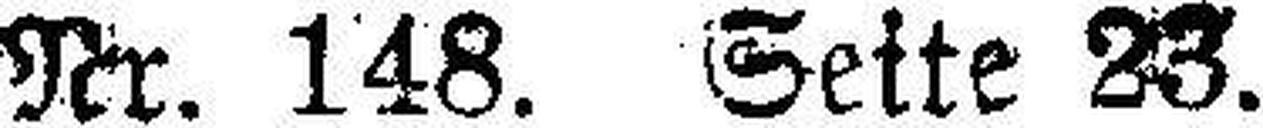
Nr. 148. Seite 23.